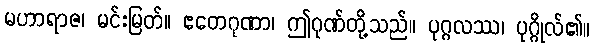
မဟာရာဇ၊ မင်းမြတ်။ ဧတေဂုဏာ၊ ဤဂုဏ်တို့သည်။ ပုဂ္ဂလဿ၊ ပုဂ္ဂိုလ်၏။